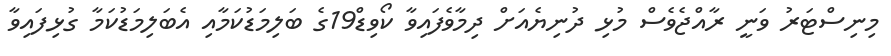
މިނިސްޓަރު ވަނީ ރާއްޖެވެސް މުޅި ދުނިޔެއަށް ދިމާވެފައިވާ ކޯވިޑް19ގެ ބަލިމަޑުކަމާއި އެބަލިމަޑުކަމާ ގުޅިފައިވާ